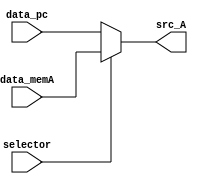
module mux_ALUsrcA(
    input wire             selector,
    input wire      [31:0] data_pc,
    input wire      [31:0] data_memA,
    output wire     [31:0] src_A
);

    assign src_A = (selector) ? data_memA : data_pc;

endmodule